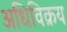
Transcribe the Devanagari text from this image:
अधिविक्रय